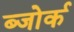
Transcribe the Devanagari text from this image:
ब्जोर्क